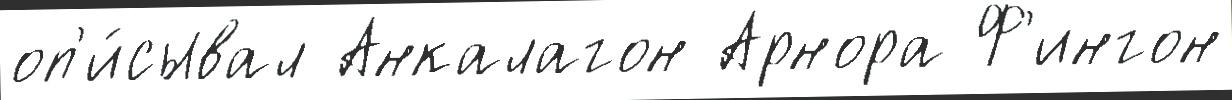
оп'и́сывал Анкалагон Арнора Ф'ингон